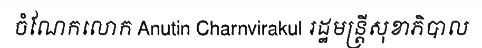
ចំណែកលោក Anutin Charnvirakul រដ្ឋមន្ត្រីសុខាភិបាល